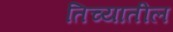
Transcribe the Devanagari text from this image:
तिच्‍यातील